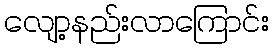
လျော့နည်းလာကြောင်း